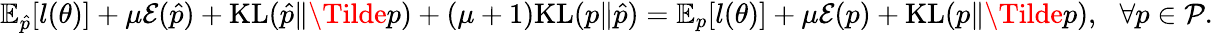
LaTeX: \begin{array}{r}{\mathbb{E}_{\hat{p}}[l(\theta)]+\mu\mathcal{E}(\hat{p})+\mathrm{KL}(\hat{p}\| \Tilde{p})+(\mu+1)\mathrm{KL}(p\| \hat{p})=\mathbb{E}_{p}[l(\theta)]+\mu\mathcal{E}(p)+\mathrm{KL}(p\| \Tilde{p}),\, \, \, \, \forall p\in\mathcal{P}.}\end{array}